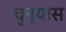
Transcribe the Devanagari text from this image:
चुन्यास